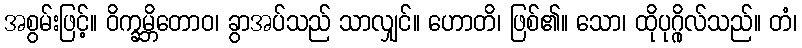
အစွမ်းဖြင့်။ ဝိက္ခမ္ဘိတောဝ၊ ခွာအပ်သည် သာလျှင်။ ဟောတိ၊ ဖြစ်၏။ သော၊ ထိုပုဂ္ဂိုလ်သည်။ တံ၊